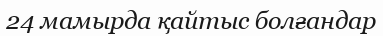
24 мамырда қайтыс болғандар